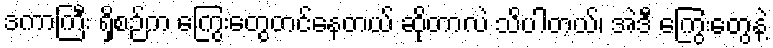
ဒကာကြီး ရှိစဉ်က ကြွေးတွေတင်နေတယ် ဆိုတာလဲ သိပါတယ်၊ အဲဒီ ကြွေးတွေနဲ့